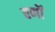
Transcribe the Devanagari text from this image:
वर्णॊं